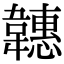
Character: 韢